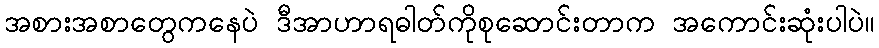
အစားအစာတွေကနေပဲ ဒီအာဟာရဓါတ်ကိုစုဆောင်းတာက အကောင်းဆုံးပါပဲ။